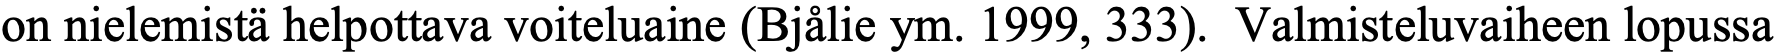
on nielemistä helpottava voiteluaine (Bjålie ym. 1999, 333). Valmisteluvaiheen lopussa